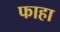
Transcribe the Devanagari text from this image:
फाहा